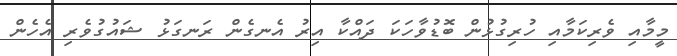
މީމާއި ވެރިކަމާއި ހުރިގުޅުން ބޮޑުވާހަކަ ދައްކާ އިރު އެނގެން ރަނގަޅު ޝައުގުވެރި އެހެން